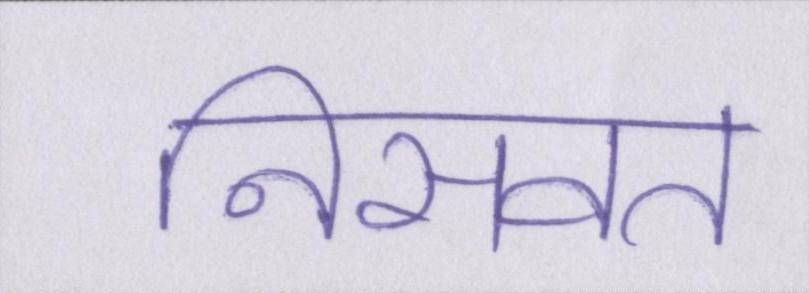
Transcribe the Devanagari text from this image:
निसवत